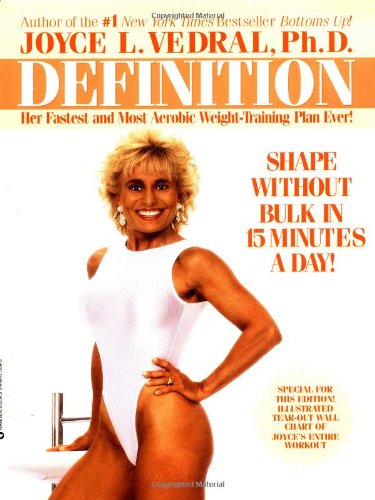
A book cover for Definition: Shape Without Bulk in 15 Minutes a Day; Joyce L. Vedral; Health, Fitness & Dieting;